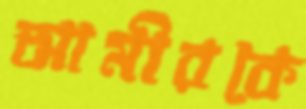
আমীরকে